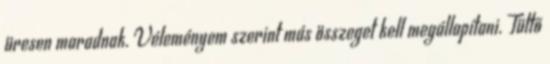
üresen maradnak. Véleményem szerint más összeget kell megállapítani. Tüttő